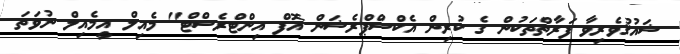
ޝައުޤުވެރިވާ ފަރާތްތަކުން ގެ ކުރިން އެކްސްޕްރެޝަން އޮފް އިންޓްރެސްޓް" މެއިލް އީމެއިލް ނުވަތަ